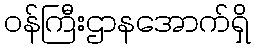
ဝန်ကြီးဌာနအောက်ရှိ